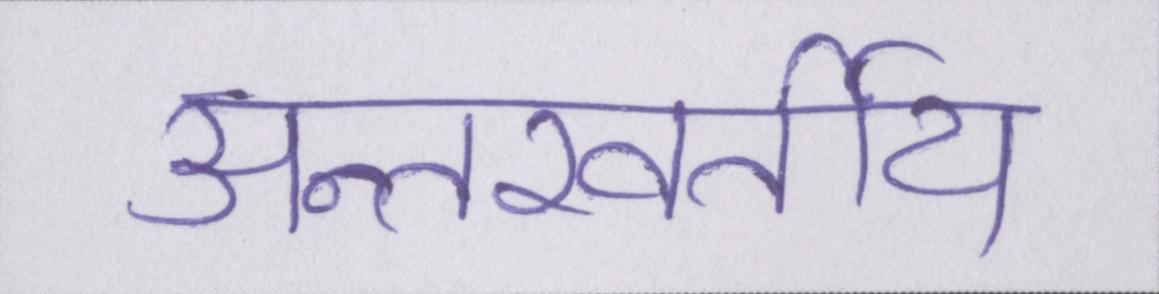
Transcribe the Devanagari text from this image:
अन्तरवर्तीय